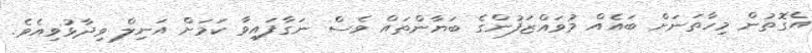
އެގޮތުން މިހާތަނަށް ބައެއް މުވައްޒަފުންގެ ބަޔާންތައް ވެސް ނަގާފައިވާ ކަމަށް އަނިލް ވިދާޅުވިއެވެ.